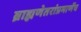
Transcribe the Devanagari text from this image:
ब्राह्मणेतरांप्रमाणेंच